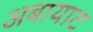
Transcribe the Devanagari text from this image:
अबायाट